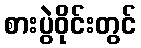
စားပွဲဝိုင်းတွင်